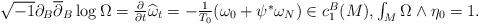
LaTeX: \begin{align*}\begin{array}[c]{c}\sqrt{-1}\partial_{B}\overline{\partial}_{B}\log\Omega=\frac{\partial}{\partial t}\widehat{\omega}_{t}=-\frac{1}{T_{0}}(\omega_{0}+\psi^{\ast}\omega_{N})\in c_{1}^{B}(M),\int_{M}\Omega\wedge\eta_{0}=1.\end{array}\end{align*}